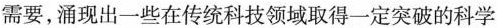
需要，涌现出一些在传统科技领域取得一定突破的科学